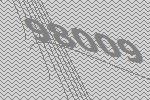
98009